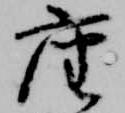
座